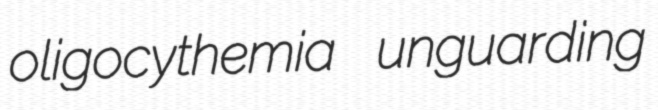
oligocythemia unguarding